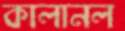
কালানল